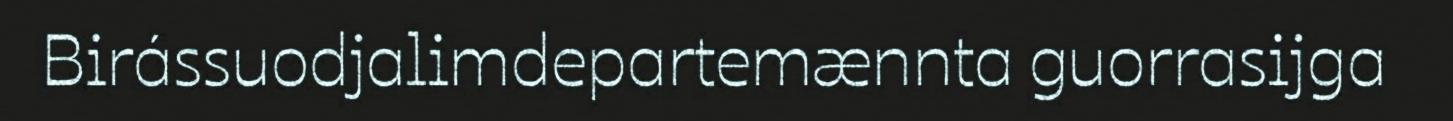
Birássuodjalimdepartemænnta guorrasijga